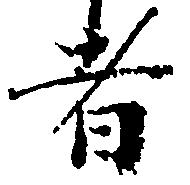
者